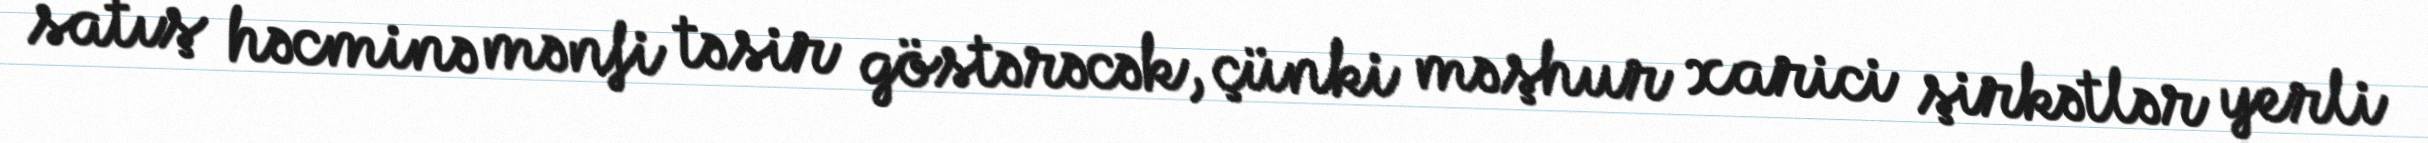
satış həcminə mənfi təsir göstərəcək, çünki məşhur xarici şirkətlər yerli